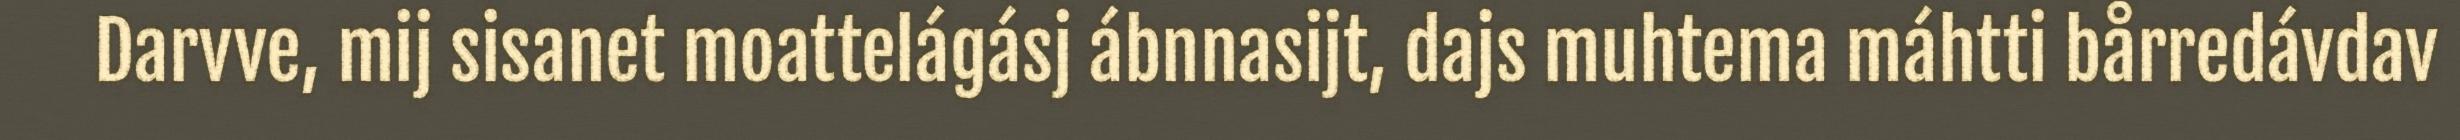
Darvve, mij sisanet moattelágásj ábnnasijt, dajs muhtema máhtti bårredávdav